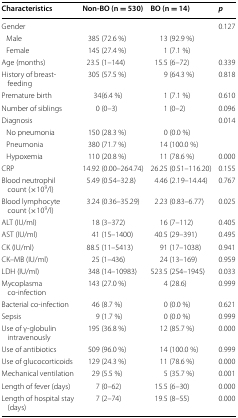
<table><thead><tr><td><b>Characteristics</b></td><td><b>Non-BO (n = 530)</b></td><td><b>BO (n = 14)</b></td><td><b><i>p</i></b></td></tr></thead><tbody><tr><td>Gender</td><td></td><td></td><td>0.127</td></tr><tr><td> Male</td><td>385 (72.6 %)</td><td>13 (92.9 %)</td><td></td></tr><tr><td> Female</td><td>145 (27.4 %)</td><td>1 (7.1 %)</td><td></td></tr><tr><td>Age (months)</td><td>23.5 (1–144)</td><td>15.5 (6–72)</td><td>0.339</td></tr><tr><td>History of breast-feeding</td><td>305 (57.5 %)</td><td>9 (64.3 %)</td><td>0.818</td></tr><tr><td>Premature birth</td><td>34(6.4 %)</td><td>1 (7.1 %)</td><td>0.610</td></tr><tr><td>Number of siblings</td><td>0 (0–3)</td><td>1 (0–2)</td><td>0.096</td></tr><tr><td>Diagnosis</td><td></td><td></td><td>0.014</td></tr><tr><td> No pneumonia</td><td>150 (28.3 %)</td><td>0 (0.0 %)</td><td></td></tr><tr><td> Pneumonia</td><td>380 (71.7 %)</td><td>14 (100.0 %)</td><td></td></tr><tr><td> Hypoxemia</td><td>110 (20.8 %)</td><td>11 (78.6 %)</td><td>0.000</td></tr><tr><td>CRP</td><td>14.92 (0.00–264.74)</td><td>26.25 (0.51–116.20)</td><td>0.155</td></tr><tr><td>Blood neutrophil count (×10<sup>9</sup>/l)</td><td>5.49 (0.54–32.8)</td><td>4.46 (2.19–14.44)</td><td>0.767</td></tr><tr><td>Blood lymphocyte count (×10<sup>9</sup>/l)</td><td>3.24 (0.36–35.29)</td><td>2.23 (0.83–6.77)</td><td>0.025</td></tr><tr><td>ALT (IU/ml)</td><td>18 (3–372)</td><td>16 (7–112)</td><td>0.405</td></tr><tr><td>AST (IU/ml)</td><td>41 (15–1400)</td><td>40.5 (29–391)</td><td>0.495</td></tr><tr><td>CK (IU/ml)</td><td>88.5 (11–5413)</td><td>91 (17–1038)</td><td>0.941</td></tr><tr><td>CK–MB (IU/ml)</td><td>25 (1–436)</td><td>24 (13–169)</td><td>0.959</td></tr><tr><td>LDH (IU/ml)</td><td>348 (14–10983)</td><td>523.5 (254–1945)</td><td>0.033</td></tr><tr><td>Mycoplasma co-infection</td><td>143 (27.0 %)</td><td>4 (28.6)</td><td>0.999</td></tr><tr><td>Bacterial co-infection</td><td>46 (8.7 %)</td><td>0 (0.0 %)</td><td>0.621</td></tr><tr><td>Sepsis</td><td>9 (1.7 %)</td><td>0 (0.0 %)</td><td>0.999</td></tr><tr><td>Use of γ-globulin intravenously</td><td>195 (36.8 %)</td><td>12 (85.7 %)</td><td>0.000</td></tr><tr><td>Use of antibiotics</td><td>509 (96.0 %)</td><td>14 (100.0 %)</td><td>0.999</td></tr><tr><td>Use of glucocorticoids</td><td>129 (24.3 %)</td><td>11 (78.6 %)</td><td>0.000</td></tr><tr><td>Mechanical ventilation</td><td>29 (5.5 %)</td><td>5 (35.7 %)</td><td>0.001</td></tr><tr><td>Length of fever (days)</td><td>7 (0–62)</td><td>15.5 (6–30)</td><td>0.000</td></tr><tr><td>Length of hospital stay (days)</td><td>7 (2–74)</td><td>19.5 (8–55)</td><td>0.000</td></tr></tbody></table>